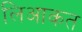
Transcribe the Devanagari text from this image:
लिआकत